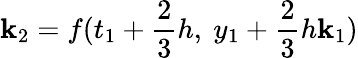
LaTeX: \mathbf{k}_{2}=f(t_{1}+{\frac{{2}}{{3}}}h,\ y_{1}+{\frac{{2}}{{3}}}h\mathbf{k}_{1})